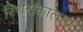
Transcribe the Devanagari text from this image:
स्थिरांकालाच